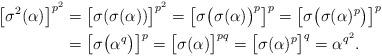
LaTeX: \begin{align*}\big[\sigma^{2}(\alpha)\big]^{p^{2}}& = \big[\sigma(\sigma(\alpha))\big]^{p^{2}}= \big[\sigma\big(\sigma(\alpha)\big)^{p}\big]^{p}= \big[\sigma\big(\sigma(\alpha)^{p}\big)\big]^{p}\\& = \big[\sigma\big(\alpha^{q}\big)\big]^{p}= \big[\sigma(\alpha)\big]^{pq}= \big[\sigma(\alpha)^{p}\big]^{q}= \alpha^{q^{2}}.\end{align*}